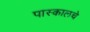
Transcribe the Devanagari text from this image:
पास्कालचे